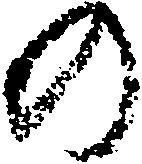
の